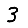
Digit: 3